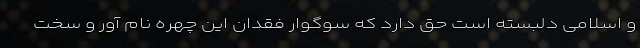
و اسلامی دلبسته است حق دارد که سوگوار فقدان این چهره نام آور و سخت